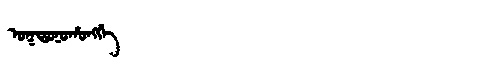
Manchu: ᠣᡴᡩᠣᠨᠣᡥᠣᠩᡤᡝ
Romanization: OKDONOHONGGE